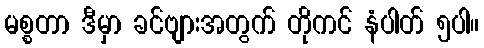
မစ္စတာ ဒီမှာ ခင်ဗျားအတွက် တိုကင် နံပါတ် ၅ပါ။